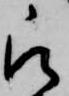
被